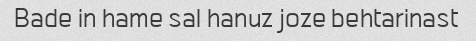
Bade in hame sal hanuz joze behtarinast